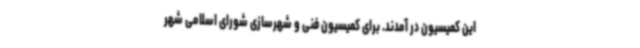
این کمیسیون در آمدند. برای کمیسیون فنی و شهرسازی شورای اسلامی شهر